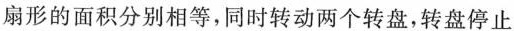
扇形的面积分别相等，同时转动两个转盘，转盘停止